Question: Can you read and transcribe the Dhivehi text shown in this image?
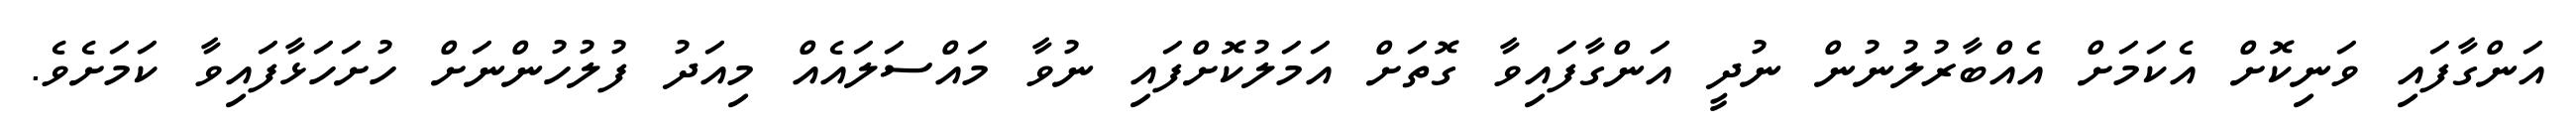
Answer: އަންގާފައި ވަނިކޮށް އެކަމަށް އެއްބާރުލުނުން ނުދީ އަންގާފައިވާ ގޮތަށް އަމަލުކޮށްފައި ނުވާ މައްސަލައެއް މިއަދު ފުލުހުންނަށް ހުށަހަޅާފައިވާ ކަމަށެވެ.